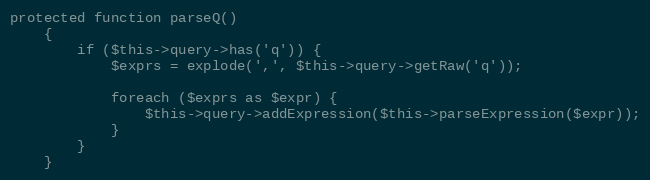
Language: PHP
protected function parseQ()
    {
        if ($this->query->has('q')) {
            $exprs = explode(',', $this->query->getRaw('q'));

            foreach ($exprs as $expr) {
                $this->query->addExpression($this->parseExpression($expr));
            }
        }
    }